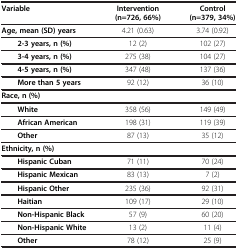
| Variable | Intervention (n=726, 66%) | Control (n=379, 34%) |
 | --- | --- | --- |
 | Age, mean (SD) years | 4.21 (0.63) | 3.74 (0.92) |
 | 2-3 years, n (%) | 12 (2) | 102 (27) |
 | 3-4 years, n (%) | 275 (38) | 104 (27) |
 | 4-5 years, n (%) | 347 (48) | 137 (36) |
 | More than 5 years | 92 (12) | 36 (10) |
 | Race, n (%) |  |  |
 | White | 358 (56) | 149 (49) |
 | African American | 198 (31) | 119 (39) |
 | Other | 87 (13) | 35 (12) |
 | Ethnicity, n (%) |  |  |
 | Hispanic Cuban | 71 (11) | 70 (24) |
 | Hispanic Mexican | 83 (13) | 7 (2) |
 | Hispanic Other | 235 (36) | 92 (31) |
 | Haitian | 109 (17) | 29 (10) |
 | Non-Hispanic Black | 57 (9) | 60 (20) |
 | Non-Hispanic White | 13 (2) | 11 (4) |
 | Other | 78 (12) | 25 (9) |